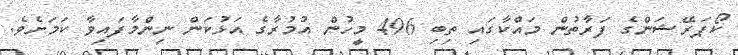
ކޯޕަރޭޝަންގެ ފަރާތުން މައްކާގައި ތިބި 496 މީހުން އުމުރާގެ އަޅުކަން ނިންމާފައިވާ ކަމަށެވެ.